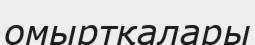
омыртқалары